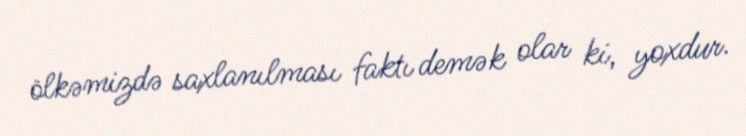
ölkəmizdə saxlanılması faktı demək olar ki, yoxdur.